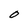
Character: O